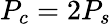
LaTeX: P_{c}=2P_{s}